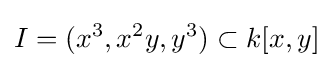
I=(x^{3},x^{2}y,y^{3})\subset k[x,y]